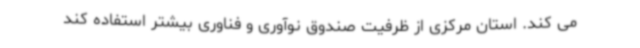
می کند. استان مرکزی از ظرفیت صندوق نوآوری و فناوری بیشتر استفاده کند